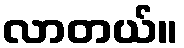
လာတယ်။